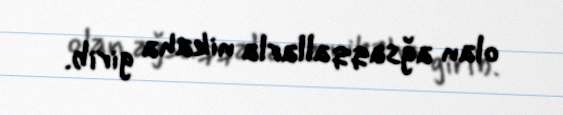
olan ağsaqqallarla nikaha girib.